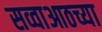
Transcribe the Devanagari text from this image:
सव्वाआठच्या